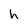
Character: h